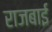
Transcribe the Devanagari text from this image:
राजबाई